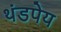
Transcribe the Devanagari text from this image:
थंडपेय